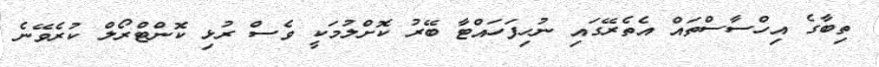
ތިބާގެ އިހްސާސްތައް އެތެރޭގައި ނުހިފަހައްޓާ ބޭރު ކޮށްލުމަކީ ވެސް ރުޅި ކޮންޓްރޯލް ކުރެވޭނެ